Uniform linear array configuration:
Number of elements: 16
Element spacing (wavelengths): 0.25
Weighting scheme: binomial
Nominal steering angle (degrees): -15
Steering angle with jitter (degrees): -16.573
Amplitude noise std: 0.05
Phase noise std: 0.05

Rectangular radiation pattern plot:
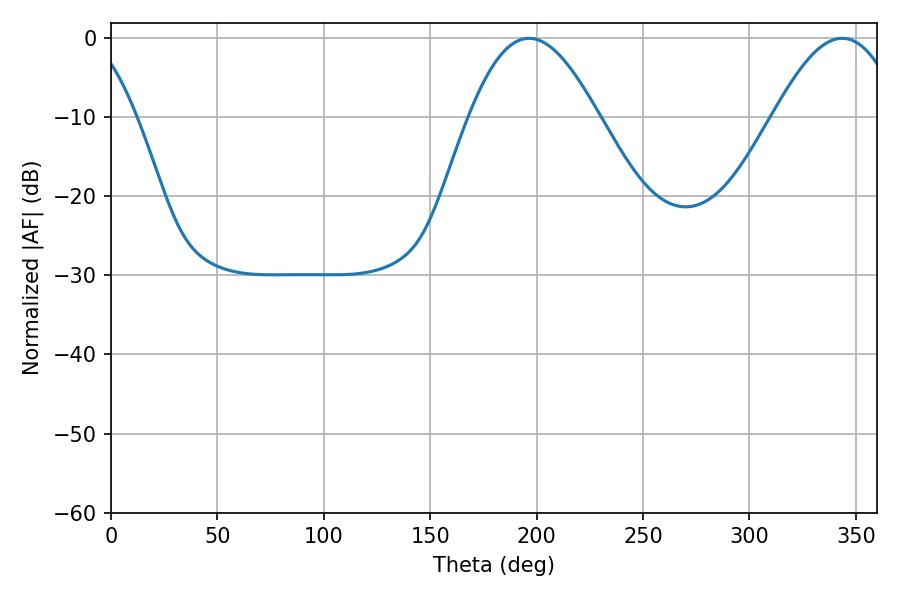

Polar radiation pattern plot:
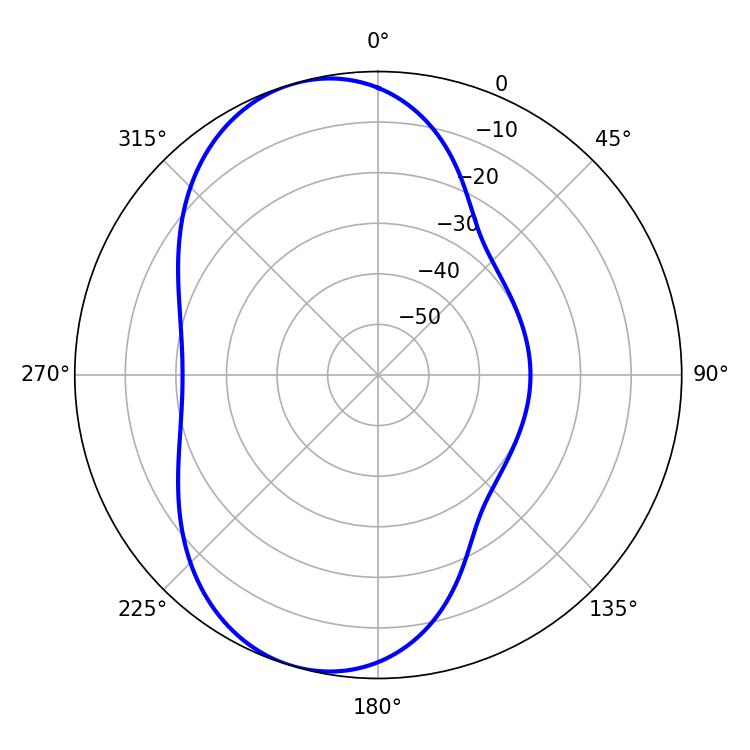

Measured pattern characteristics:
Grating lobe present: FALSE
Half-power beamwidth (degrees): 32.76
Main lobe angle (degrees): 196.38